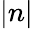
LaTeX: |n|